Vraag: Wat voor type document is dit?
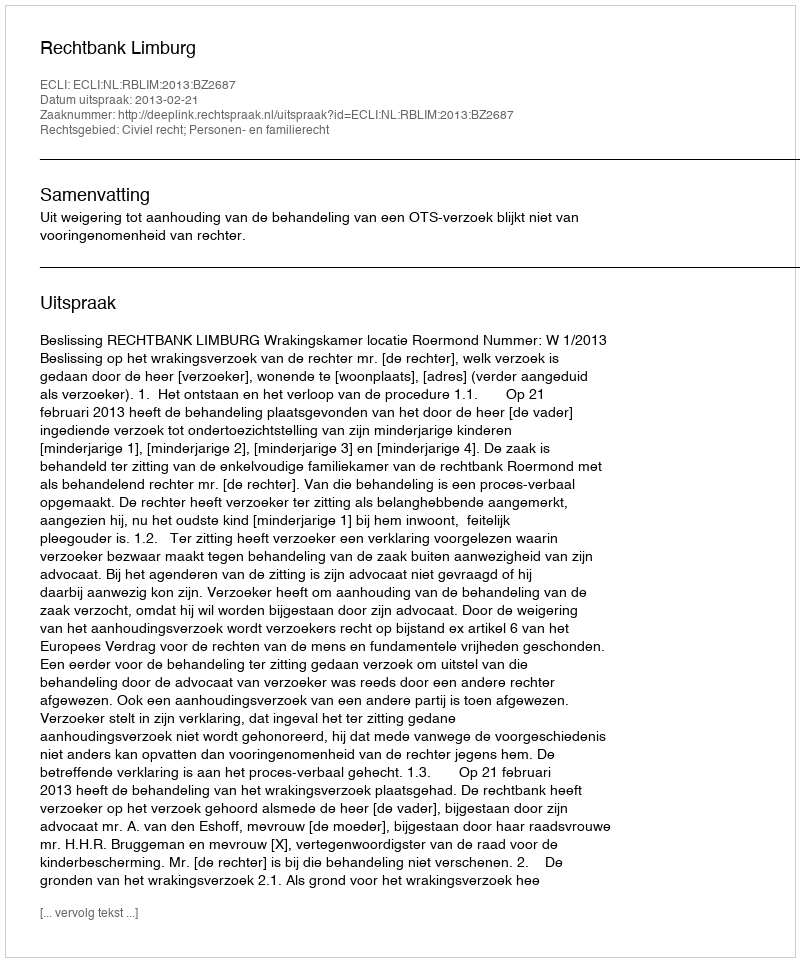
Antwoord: Uitspraak